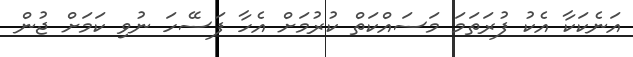
އަނެކަކާ އެކު ފުރަތަމަ މަސައްކަތް ކުރުމަށް އެހާ ފަސޭހަ ނުވި ކަމަށް ޖުން